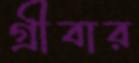
গ্রীবার